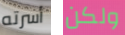
أسرته ولكن